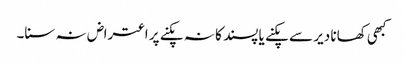
کبھی کھانا دیر سے پکنے یا پسند کا نہ پکنے پر اعتراض نہ سنا۔